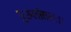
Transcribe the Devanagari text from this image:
पुरुशोत्तमः।।